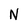
Character: N